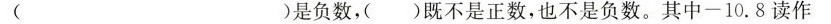
( )是负数，( )既不是正数，也不是负数。其中-10.8读作